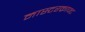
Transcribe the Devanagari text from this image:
मास्टरक्राफ्ट